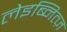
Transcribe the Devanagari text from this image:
लेइब्नित्ज़